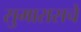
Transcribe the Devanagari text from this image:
सुमारासचे